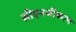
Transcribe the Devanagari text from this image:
सीएनजीकरण